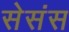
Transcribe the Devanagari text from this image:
सेसंस